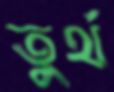
তুর্থ